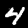
Digit: 4